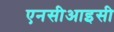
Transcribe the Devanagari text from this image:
एनसीआइसी